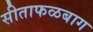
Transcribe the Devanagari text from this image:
सीताफळबाग